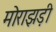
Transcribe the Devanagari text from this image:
मोराझड़ी